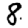
Digit: 8